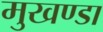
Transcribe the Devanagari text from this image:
मुखण्डा